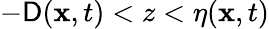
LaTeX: -\mathsf{D}(\mathbf{{x}},t)<z<\eta(\mathbf{{x}},t)